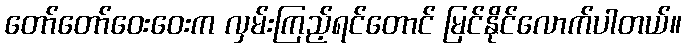
တော်တော်ဝေးဝေးက လှမ်းကြည့်ရင်တောင် မြင်နိုင်လောက်ပါတယ်။